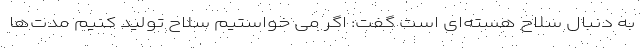
به دنبال سلاح هسته‌ای است گفت: اگر می خواستیم سلاح تولید کنیم مدت‌ها